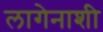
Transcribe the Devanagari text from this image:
लागेनाशी